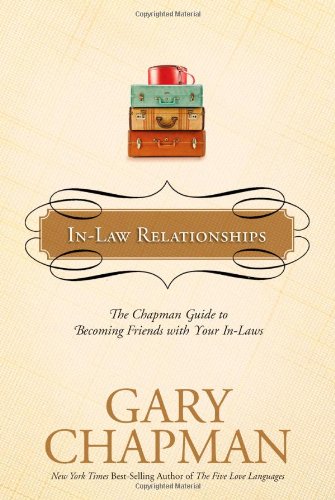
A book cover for In-Law Relationships: The Chapman Guide to Becoming Friends with Your In-Laws; Gary Chapman; Parenting & Relationships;